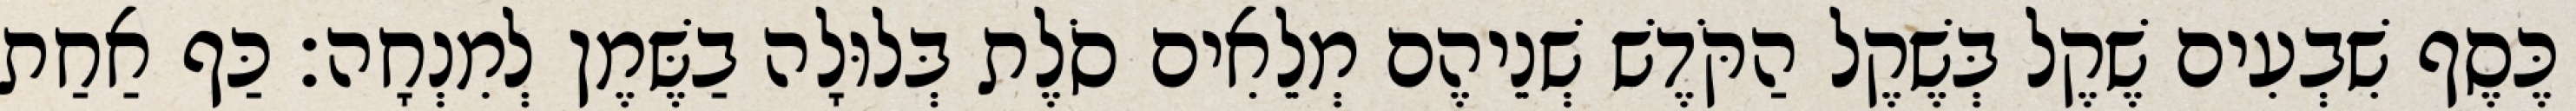
כֶּסֶף שִׁבְעִים שֶׁקֶל בְּשֶׁקֶל הַקֹּדֶשׁ שְׁנֵיהֶם מְלֵאִים סֹלֶת בְּלוּלָה בַשֶּׁמֶן לְמִנְחָה׃ כַּף אַחַת